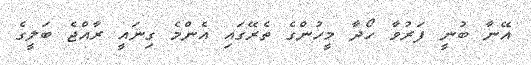
އޭނާ ބުނީ ފަރުވާ ހޯދާ މީހުންގެ ތެރޭގައި އެންމެ ގިނައީ ރާއްޖެ ބަލީގެ